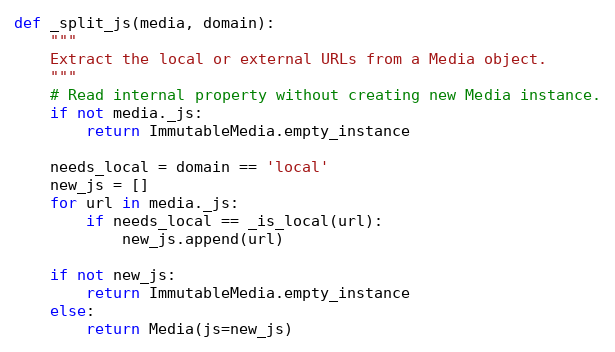
Language: Python
def _split_js(media, domain):
    """
    Extract the local or external URLs from a Media object.
    """
    # Read internal property without creating new Media instance.
    if not media._js:
        return ImmutableMedia.empty_instance

    needs_local = domain == 'local'
    new_js = []
    for url in media._js:
        if needs_local == _is_local(url):
            new_js.append(url)

    if not new_js:
        return ImmutableMedia.empty_instance
    else:
        return Media(js=new_js)